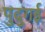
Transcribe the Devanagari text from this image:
पुदुगई